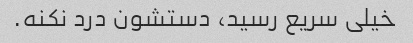
خیلی سریع رسید، دستشون درد نکنه.